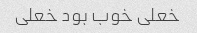
خعلی خوب بود خعلی